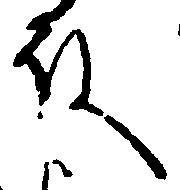
殿